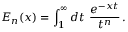
E _ { n } ( x ) = \int _ { 1 } ^ { \infty } d t \ \frac { e ^ { - x t } } { t ^ { n } } \, .